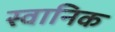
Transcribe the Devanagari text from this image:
स्वानिक